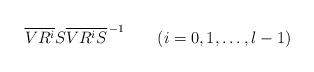
LaTeX: \begin{align*}\overline{VR^i}S\overline{VR^i S}^{\,-1}\qquad(i=0,1,\ldots,l-1)\end{align*}